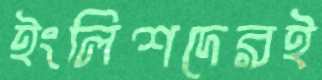
ইংলিশদেরই